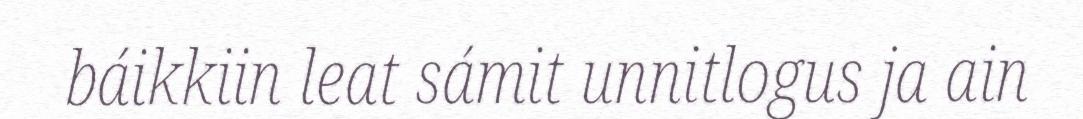
báikkiin leat sámit unnitlogus ja ain